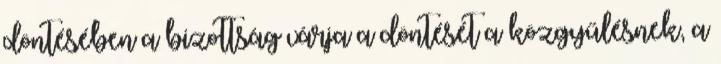
döntésében a bizottság várja a döntését a közgyűlésnek, a